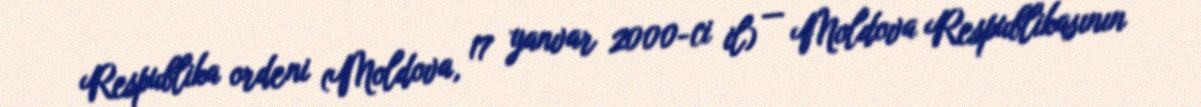
Respublika ordeni (Moldova, 17 yanvar 2000-ci il) — Moldova Respublikasının